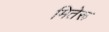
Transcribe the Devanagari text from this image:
मितेरू